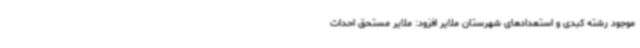
موجود رشته کبدی و استعدادهای شهرستان ملایر افزود: ملایر مستحق احداث